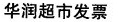
华润超市发票